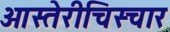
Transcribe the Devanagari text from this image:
ओस्तेरीचिस्चार